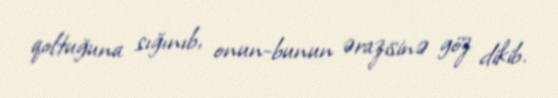
qoltuğuna sığınıb, onun-bunun ərazisinə göz dikib.